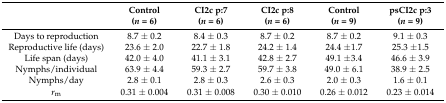
<table><thead><tr><td></td><td><b>Control (<i>n</i> = 6)</b></td><td><b>CI2c p:7 (<i>n</i> = 6)</b></td><td><b>CI2c p:8 (<i>n</i> = 6)</b></td><td><b>Control (<i>n</i> = 9)</b></td><td><b>psCI2c p:3 (<i>n</i> = 9)</b></td></tr></thead><tbody><tr><td>Days to reproduction</td><td>8.7 ± 0.2</td><td>8.4 ± 0.3</td><td>8.7 ± 0.2</td><td>8.7 ± 0.2</td><td>9.1 ± 0.3</td></tr><tr><td>Reproductive life (days)</td><td>23.6 ± 2.0</td><td>22.7 ± 1.8</td><td>24.2 ± 1.4</td><td>24.4 ±1.7</td><td>25.3 ±1.5</td></tr><tr><td>Life span (days)</td><td>42.0 ± 4.0</td><td>41.1 ± 3.1</td><td>42.8 ± 2.7</td><td>49.1 ±3.4</td><td>46.6 ± 3.9</td></tr><tr><td>Nymphs/individual</td><td>63.9 ± 4.4</td><td>59.3 ± 2.7</td><td>59.7 ± 3.8</td><td>49.0 ± 6.1</td><td>38.9 ± 2.5</td></tr><tr><td>Nymphs/day</td><td>2.8 ± 0.1</td><td>2.8 ± 0.3</td><td>2.6 ± 0.3</td><td>2.0 ± 0.3</td><td>1.6 ± 0.1</td></tr><tr><td><i>r</i><sub>m</sub></td><td>0.31 ± 0.004</td><td>0.31 ± 0.008</td><td>0.30 ± 0.010</td><td>0.26 ± 0.012</td><td>0.23 ± 0.014</td></tr></tbody></table>